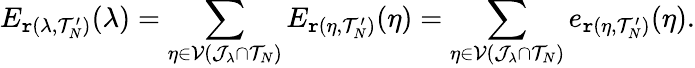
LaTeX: E_{\mathtt{r}(\lambda,\mathcal{{T}}_{N}^{\prime})}(\lambda)=\sum_{\eta\in\mathcal{{V}}(\mathcal{{J}}_{\lambda}\cap\mathcal{{T}}_{N})}E_{\mathtt{r}(\eta,\mathcal{{T}}_{N}^{\prime})}(\eta)=\sum_{\eta\in\mathcal{{V}}(\mathcal{{J}}_{\lambda}\cap\mathcal{{T}}_{N})}e_{\mathtt{r}(\eta,\mathcal{{T}}_{N}^{\prime})}(\eta).